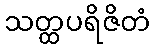
သတ္ထပရိဇိတံ